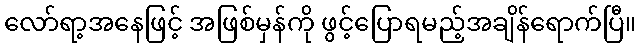
လော်ရာ့အနေဖြင့် အဖြစ်မှန်ကို ဖွင့်ပြောရမည့်အချိန်ရောက်ပြီ။